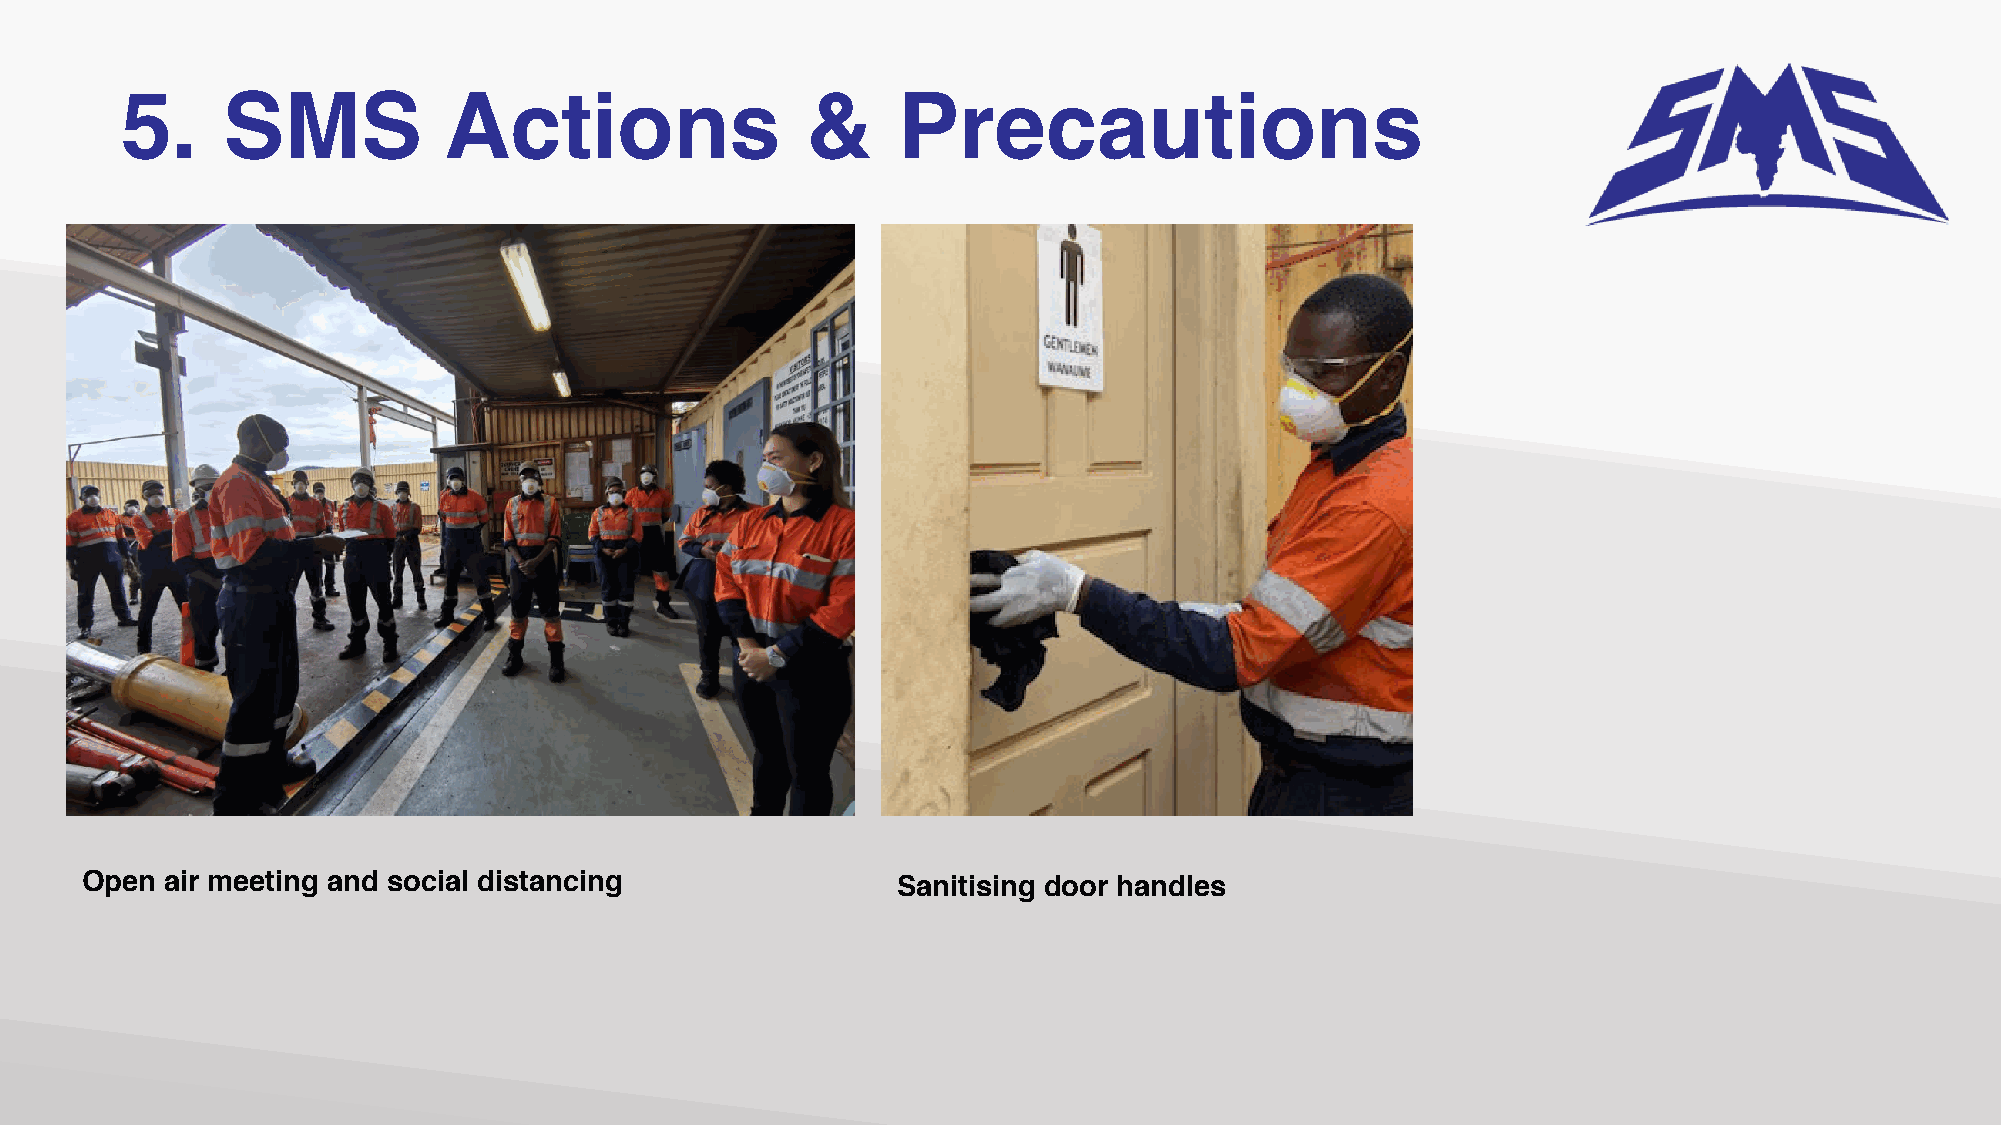
5.     SMS           Actions                 &     Precautions
 Open  air meeting and social distancing               Sanitising door handles